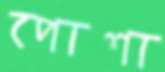
পোশা